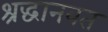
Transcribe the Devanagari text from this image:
श्रद्धानवत